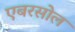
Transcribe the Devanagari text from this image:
एबरसोल